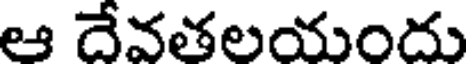
ఆ దేవతలయందు